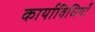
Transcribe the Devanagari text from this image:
कार्याविधियाँ